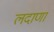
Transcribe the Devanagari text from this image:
लदाणा